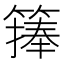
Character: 𥲶